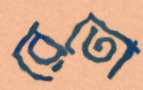
রেতো